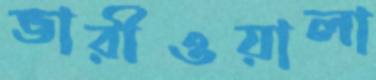
ভারীওয়ালা